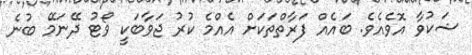
ޝަކުވާ އޮވެއެވެ. ބައެއް ފަރާތްތަކަށް އެއްމެ ކުރު ޖަވާބަކީ ވޯޓު ދޭނަމޭ ބުނެ